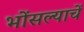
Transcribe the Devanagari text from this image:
भोंसल्याचें